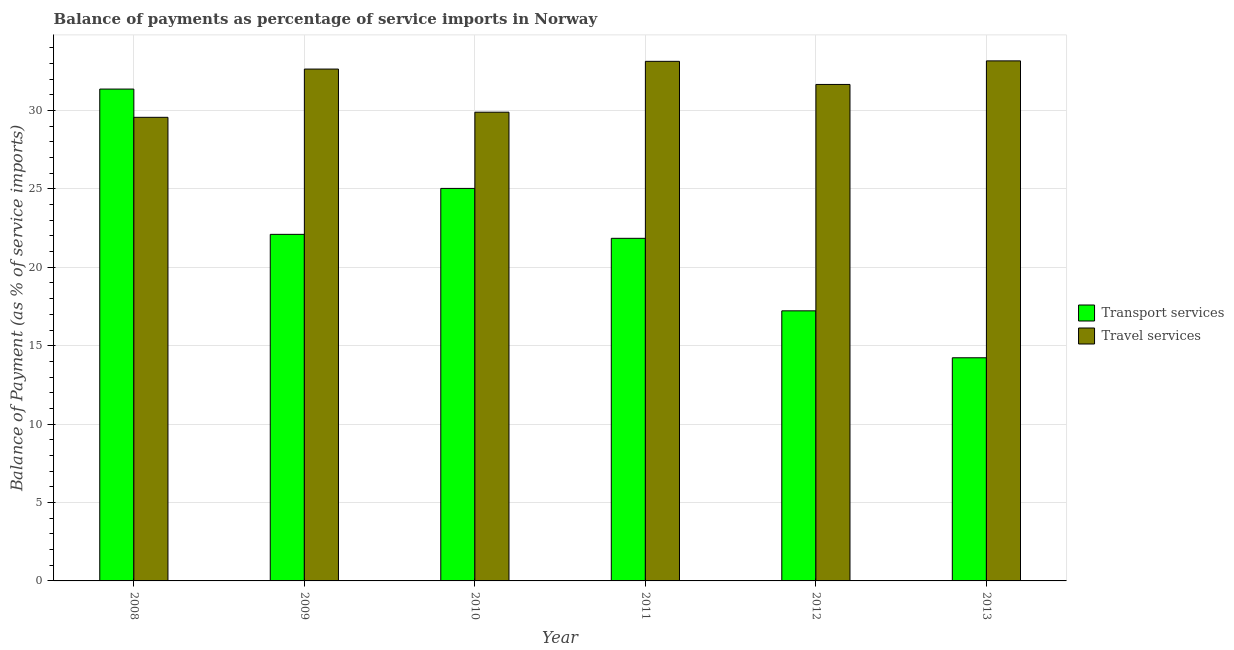
| Year | Transport services | Travel services |
 | --- | --- | --- |
 | 2008 | 31.4 | 29.6 |
 | 2009 | 22.1 | 32.6 |
 | 2010 | 25 | 29.9 |
 | 2011 | 21.8 | 33.1 |
 | 2012 | 17.2 | 31.7 |
 | 2013 | 14.2 | 33.2 |